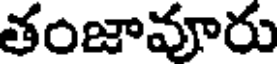
తంజావూరు